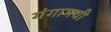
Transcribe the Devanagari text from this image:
गंगामयी